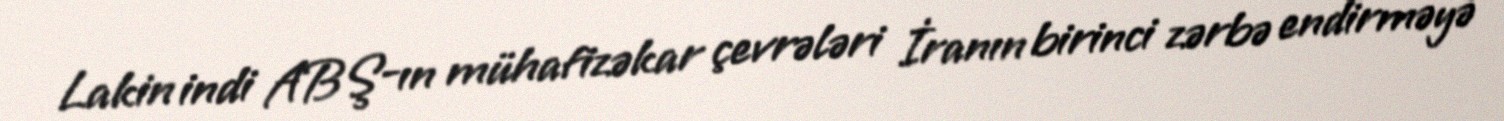
Lakin indi ABŞ-ın mühafizəkar çevrələri İranın birinci zərbə endirməyə